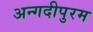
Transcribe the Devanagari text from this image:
अन्गदीपुरम